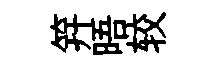
笄晤较